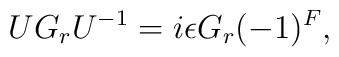
U G_r U^{-1} = i\epsilon G_r (-1)^F,